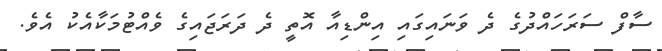
ސާފް ސަރަހައްދުގެ ދެ ވަނައިގައި އިންޑިއާ އޮތީ ދެ ދަރަޖައިގެ ވެއްޓުމަކާއެކު އެވެ.